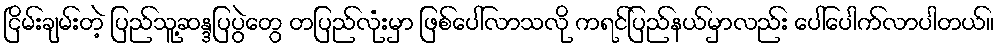
ငြိမ်းချမ်းတဲ့ ပြည်သူ့ဆန္ဒပြပွဲတွေ တပြည်လုံးမှာ ဖြစ်ပေါ်လာသလို ကရင်ပြည်နယ်မှာလည်း ပေါ်ပေါက်လာပါတယ်။